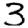
Digit: 3